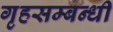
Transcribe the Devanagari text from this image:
गृहसम्बन्धी